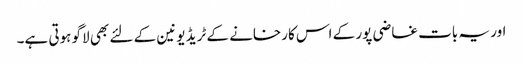
اور یہ بات غاضی پور کے اس کارخانے کے ٹریڈ یونین کے لئے بھی لاگو ہوتی ہے۔